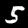
Label: 5